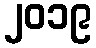
၂၀၁၉